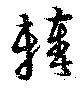
輳